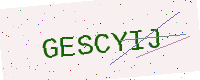
Text: GESCYIJ